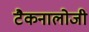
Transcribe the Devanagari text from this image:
टैकनालोजी